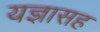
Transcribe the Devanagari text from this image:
यज्ञासह